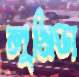
লুসিডা